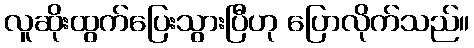
လူဆိုးထွက်ပြေးသွားပြီဟု ပြောလိုက်သည်။